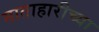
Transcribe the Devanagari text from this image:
माताहारीच्या